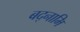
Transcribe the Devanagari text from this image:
बद्नामि